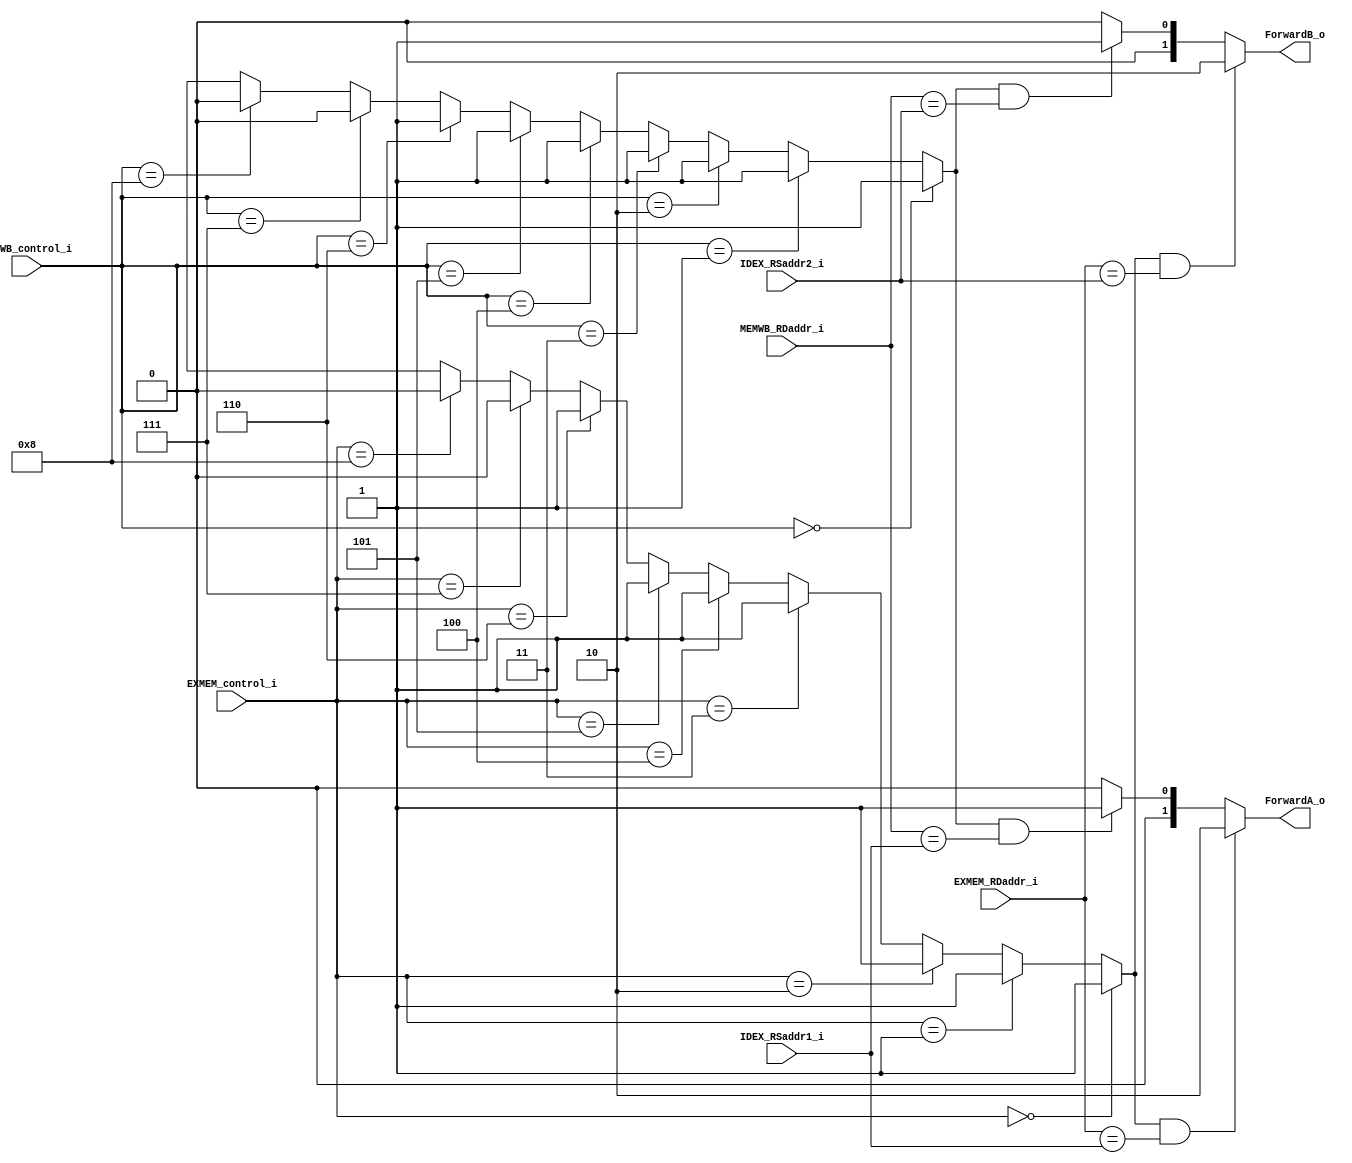
module Forwarding (
	IDEX_RSaddr1_i,
	IDEX_RSaddr2_i,
	EXMEM_RDaddr_i,
	MEMWB_RDaddr_i,
	EXMEM_control_i,
	MEMWB_control_i,
	ForwardA_o,
	ForwardB_o
);

input 	[4:0] 	IDEX_RSaddr1_i;
input	[4:0]	IDEX_RSaddr2_i;
input	[4:0]	EXMEM_RDaddr_i;
input	[4:0]	MEMWB_RDaddr_i;
input 	[3:0]	EXMEM_control_i;
input	[3:0]	MEMWB_control_i; 
output 	[1:0] 	ForwardA_o;
output	[1:0]	ForwardB_o;

reg 	[1:0] 	ForwardA, ForwardB;
wire 	EXMEM_RegWrite, MEMWB_RegWrite;

assign EXMEM_RegWrite = ((EXMEM_control_i == 4'b0000))? 1:	// or
						((EXMEM_control_i == 4'b0001))? 1:	// and
						((EXMEM_control_i == 4'b0010))? 1:	// add
						((EXMEM_control_i == 4'b0011))? 1:	// sub
						((EXMEM_control_i == 4'b0100))? 1:	// mul
						((EXMEM_control_i == 4'b0101))? 1:	// addi
						((EXMEM_control_i == 4'b0110))? 1:	// lw
						((EXMEM_control_i == 4'b0111))? 0:	// sw
						((EXMEM_control_i == 4'b1000))? 0:	// beq
						{1'bx};

assign MEMWB_RegWrite = ((MEMWB_control_i == 4'b0000))? 1:	// or
						((MEMWB_control_i == 4'b0001))? 1:	// and
						((MEMWB_control_i == 4'b0010))? 1:	// add
						((MEMWB_control_i == 4'b0011))? 1:	// sub
						((MEMWB_control_i == 4'b0100))? 1:	// mul
						((MEMWB_control_i == 4'b0101))? 1:	// addi
						((MEMWB_control_i == 4'b0110))? 1:	// lw
						((MEMWB_control_i == 4'b0111))? 0:	// sw
						((MEMWB_control_i == 4'b1000))? 0:	// beq
						{1'bx};

always@ (*) begin
	// Forward A
	if (EXMEM_RegWrite && (EXMEM_RDaddr_i == IDEX_RSaddr1_i))
		ForwardA = 2'b10;	// EX hazard of rs1
	else if (MEMWB_RegWrite && (MEMWB_RDaddr_i == IDEX_RSaddr1_i))
		ForwardA = 2'b01;	// MEM hazard of rs1
	else
		ForwardA = 2'b00;	// no hazard

	// Forward B
	if (EXMEM_RegWrite && (EXMEM_RDaddr_i == IDEX_RSaddr2_i))
		ForwardB = 2'b10;	// EX hazard of rs2
	else if (MEMWB_RegWrite && (MEMWB_RDaddr_i == IDEX_RSaddr2_i))
		ForwardB = 2'b01;	// MEM hazard of rs2
	else
		ForwardB = 2'b00;	// no hazard
end
assign ForwardA_o = ForwardA;
assign ForwardB_o = ForwardB;

endmodule